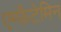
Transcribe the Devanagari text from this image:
एम्फ़ैटेमिन